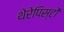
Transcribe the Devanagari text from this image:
थेरेपिस्टों